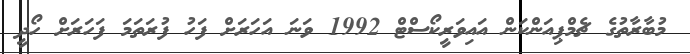
މުބާރާތުގެ ޗެމްޕިއަންކަން އައިވަރީކޯސްޓް 1992 ވަނަ އަހަރަށް ފަހު ފުރަތަމަ ފަހަރަށް ހޯދީ